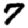
Digit: 7